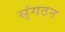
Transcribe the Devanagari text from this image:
स्ंगठन